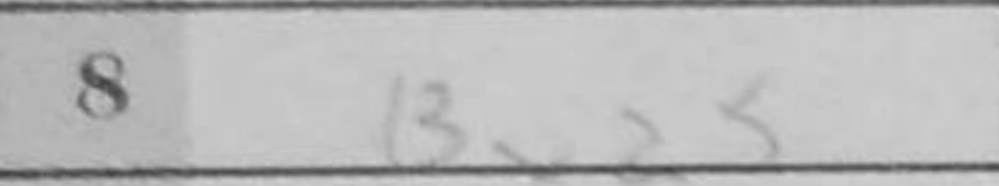
Transcription: Bxd5